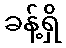
ခန့်ရှိ